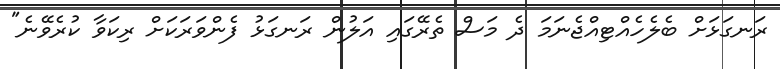
ރަނގަަޅަށް ބެލެހެއްޓިއްޖެނަމަ ދެ މަސް ތެރޭގައި އަލުން ރަނގަޅު ފެންވަރަކަށް ރިކަވާ ކުރެވޭނެ"